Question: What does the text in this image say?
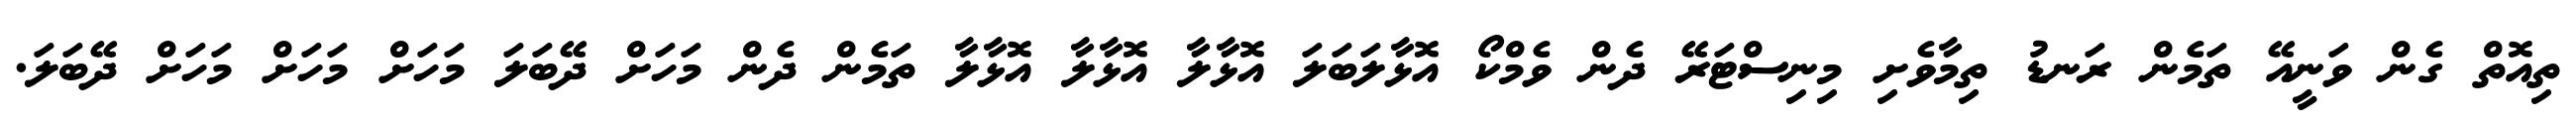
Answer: ތިއޮތް ގެން ވަނީއޭ ތަމެން ރަނޑު ތިމާވެށި މިނިސްޓަރޭ ދެން ވެމްކޯ އޮޅާލަބަލަ އޮޅާލާ އޮޅާލާ އޮޅާލާ ތަމެން ދެން މަހަށް ދޭބަލަ މަހަށް މަހަށް މަހަށް ދޭބަލަ.